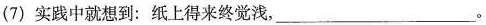
(7) 实践中就想到：纸上得来终觉浅，___。